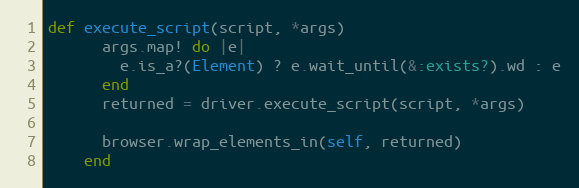
Language: Ruby
def execute_script(script, *args)
      args.map! do |e|
        e.is_a?(Element) ? e.wait_until(&:exists?).wd : e
      end
      returned = driver.execute_script(script, *args)

      browser.wrap_elements_in(self, returned)
    end